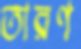
তারণ